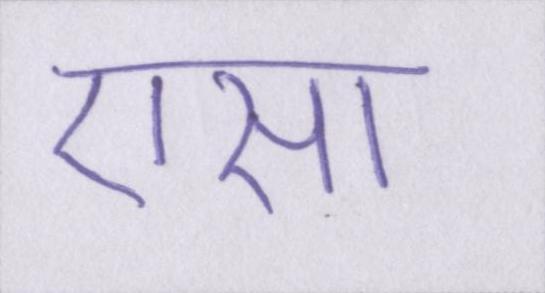
एसा